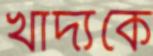
খাদ্যকে